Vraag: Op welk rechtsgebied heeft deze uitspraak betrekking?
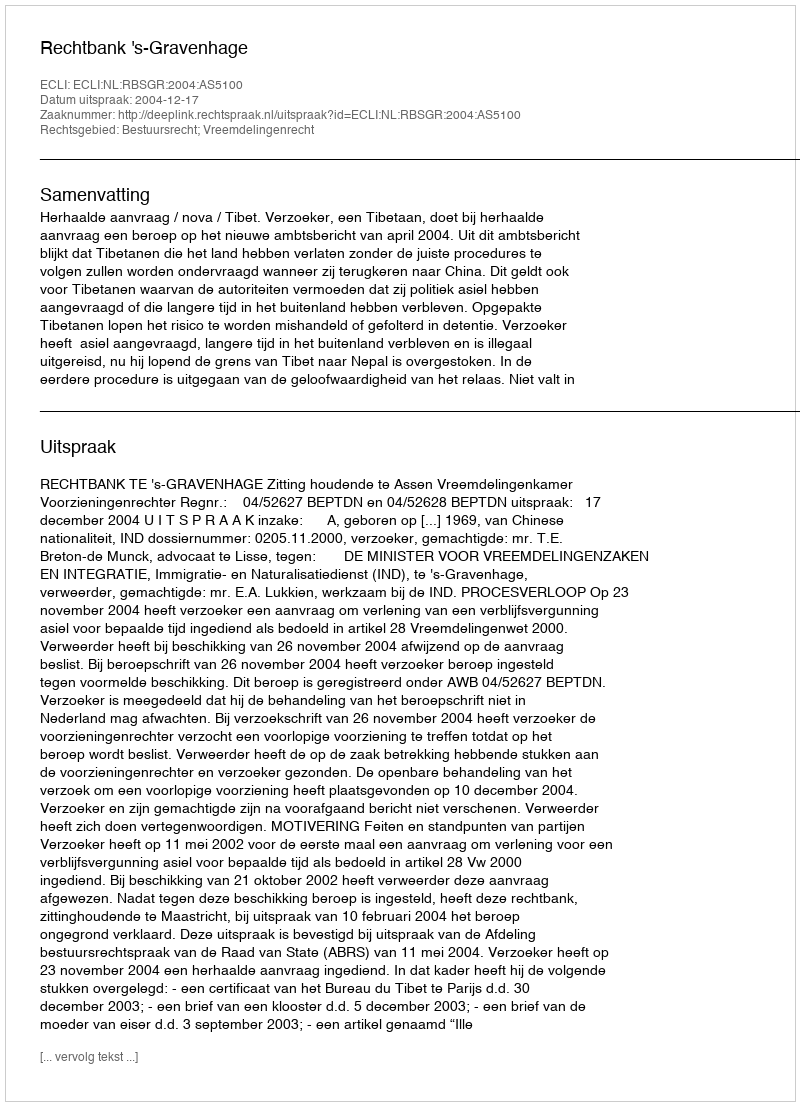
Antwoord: Bestuursrecht; Vreemdelingenrecht